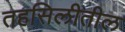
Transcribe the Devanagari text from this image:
तहसिलीतील